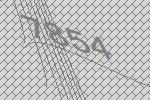
7854